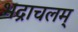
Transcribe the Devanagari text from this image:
भद्राचलम्‌